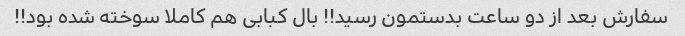
سفارش بعد از دو ساعت بدستمون رسید!! بال کبابی هم کاملا سوخته شده بود!!